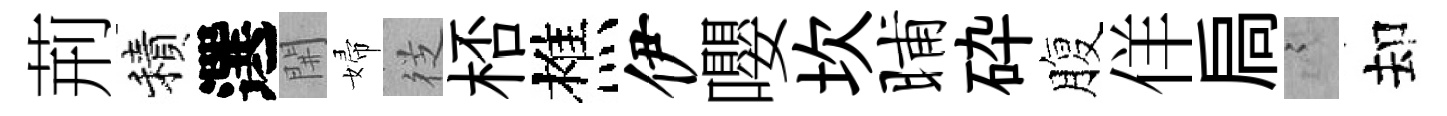
荊積選𨳩婦徔桮樵伊嚶坎晡砕腹佯扃謭却